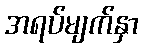
အရပ်မျက်နှာ